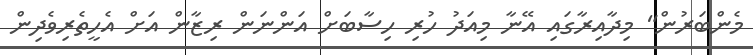
މެންބަރުން" މިދާއިރާގައި އޭނާ މިއަދު ހުރި ހިސާބަށް އަންނަން ރިޒާން އަށް އެހީތެރިވެދިން